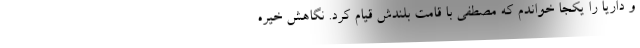
و داریا را یکجا خواندم که مصطفی با قامت بلندش قیام کرد. نگاهش خیره